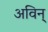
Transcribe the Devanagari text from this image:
अविन्